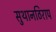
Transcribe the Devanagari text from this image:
सुथानठिराप